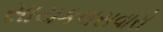
સાયકલસવારો